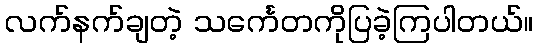
လက်နက်ချတဲ့ သင်္ကေတကိုပြခဲ့ကြပါတယ်။